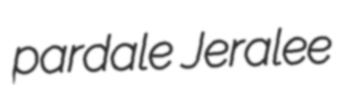
pardale Jeralee